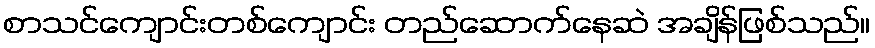
စာသင်ကျောင်းတစ်ကျောင်း တည်ဆောက်နေဆဲ အချိန်ဖြစ်သည်။